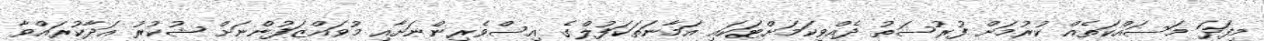
މިފަދަ މަސައްކަތެއް ކުރުމަށް ފުރުސަތު ދެއްވިކަމަށްޓަކައި އަމާނަތަކަފުލްގެ އިސްވެރިންނަށާއި މުވައްޒަފުންނަށް ޝުކުރު އަދާކުރައްވާ